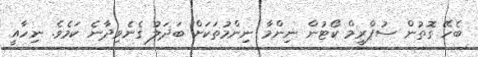
ބެހޭ ގޮތުން ސުޕްރީމް ކޯޓުން ނިންމާ ނިންމުތަކަށް ބަދަލު ގެނެވިދާނެ ކަމެވެ. ނިހާއީ